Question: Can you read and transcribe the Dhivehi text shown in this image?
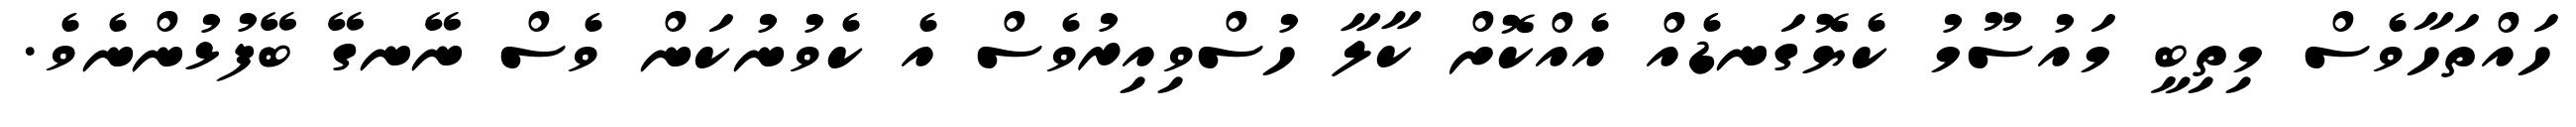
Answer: ހައްތަހާވެސް މިތިބީ މައުސޫމު ކެޔޮގަނޑެއް އެއްކޮށް ކާލާ ހުސްވިއިރުވެސް އެ ކެވުނުކަން ވެސް ނޭނގޭ ބޭފުޅުންނެވެ.